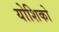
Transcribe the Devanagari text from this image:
योशिको